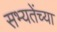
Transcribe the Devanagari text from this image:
सभ्यतेंच्या